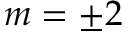
m = \pm 2